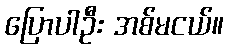
ပြောပါဦး အစ်မငယ်။